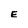
Character: E